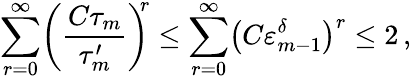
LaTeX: \sum_{r=0}^{\infty}\biggl(\frac{C\tau_{m}}{\tau_{m}^{\prime}}\biggr)^{\! \! r}\leq\sum_{r=0}^{\infty}\bigl(C\varepsilon_{m-1}^{\delta}\bigr)^{r}\leq 2\, ,